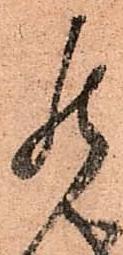
罷